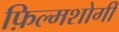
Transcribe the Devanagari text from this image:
फ़िल्मशोगी